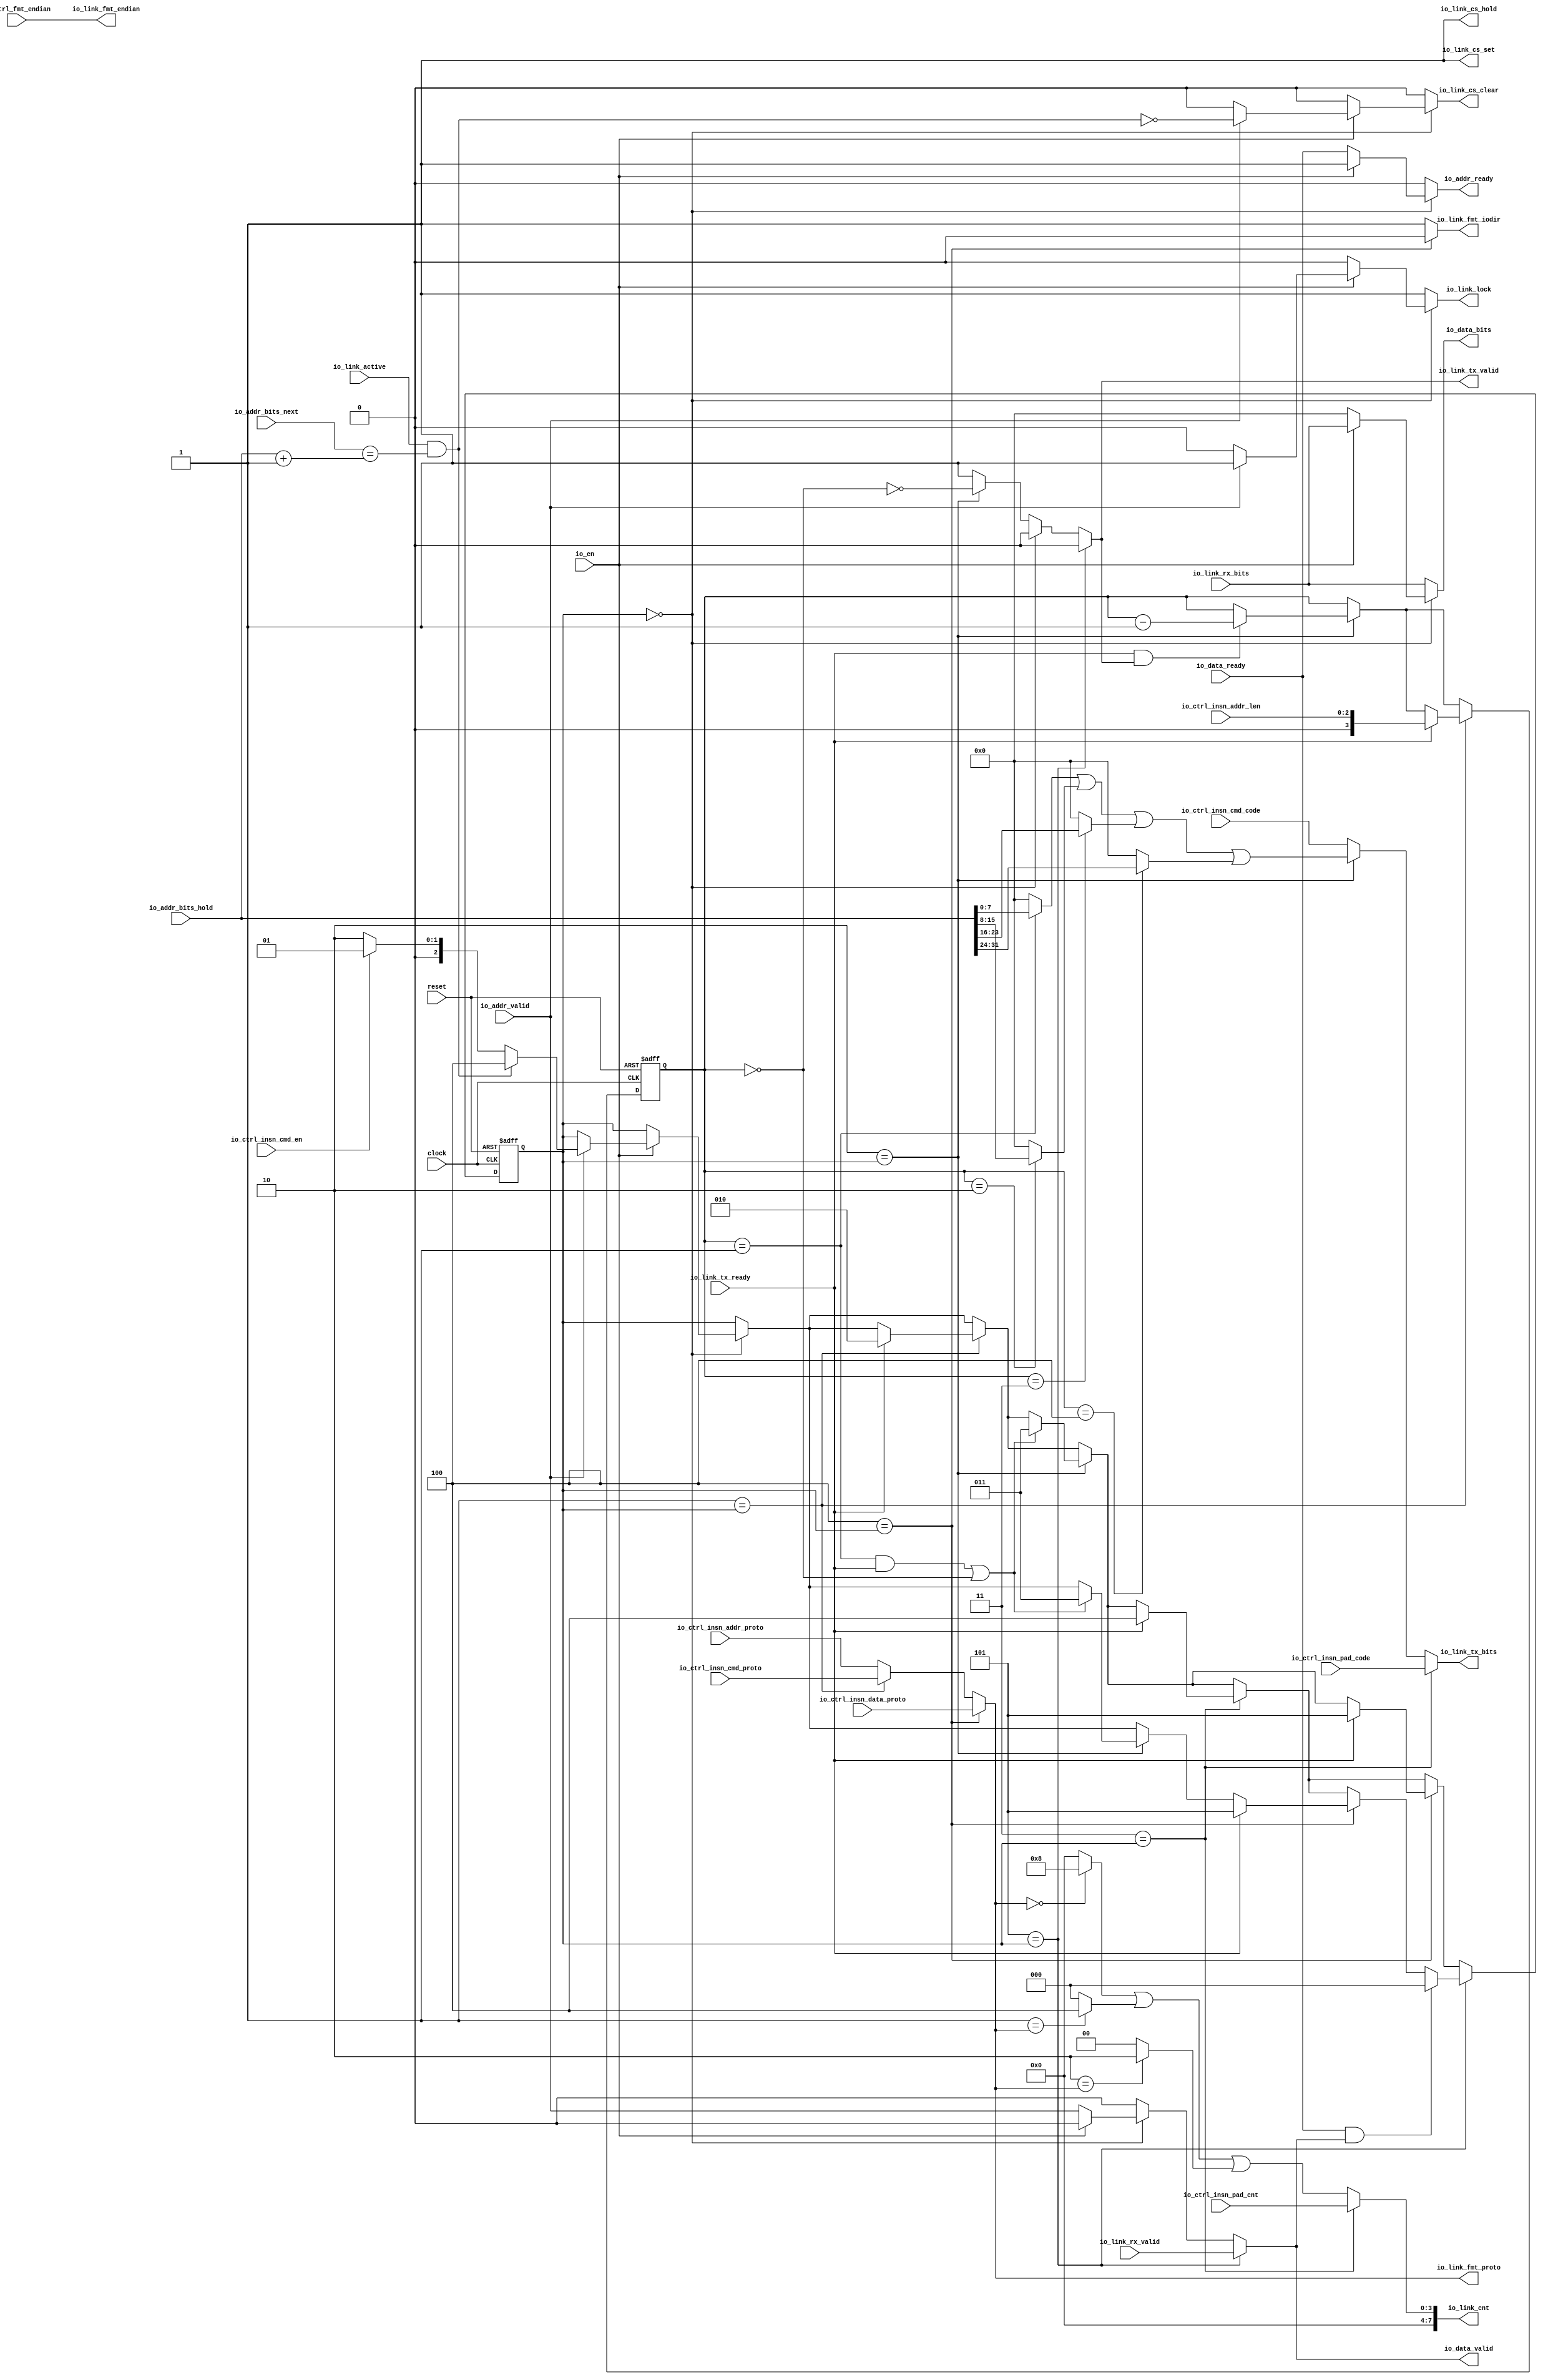
 /*                                                                      
 Copyright 2018 Nuclei System Technology, Inc.                
                                                                         
 Licensed under the Apache License, Version 2.0 (the "License");         
 you may not use this file except in compliance with the License.        
 You may obtain a copy of the License at                                 
                                                                         
     http://www.apache.org/licenses/LICENSE-2.0                          
                                                                         
  Unless required by applicable law or agreed to in writing, software    
 distributed under the License is distributed on an "AS IS" BASIS,       
 WITHOUT WARRANTIES OR CONDITIONS OF ANY KIND, either express or implied.
 See the License for the specific language governing permissions and     
 limitations under the License.                                          
 */                                                                      
                                                                         
                                                                         
                                                                         

module sirv_qspi_flashmap(
  input   clock,
  input   reset,
  input   io_en,
  input  [1:0] io_ctrl_insn_cmd_proto,
  input  [7:0] io_ctrl_insn_cmd_code,
  input   io_ctrl_insn_cmd_en,
  input  [1:0] io_ctrl_insn_addr_proto,
  input  [2:0] io_ctrl_insn_addr_len,
  input  [7:0] io_ctrl_insn_pad_code,
  input  [3:0] io_ctrl_insn_pad_cnt,
  input  [1:0] io_ctrl_insn_data_proto,
  input   io_ctrl_fmt_endian,
  output  io_addr_ready,
  input   io_addr_valid,
  input  [31:0] io_addr_bits_next,
  input  [31:0] io_addr_bits_hold,
  input   io_data_ready,
  output  io_data_valid,
  output [7:0] io_data_bits,
  input   io_link_tx_ready,
  output  io_link_tx_valid,
  output [7:0] io_link_tx_bits,
  input   io_link_rx_valid,
  input  [7:0] io_link_rx_bits,
  output [7:0] io_link_cnt,
  output [1:0] io_link_fmt_proto,
  output  io_link_fmt_endian,
  output  io_link_fmt_iodir,
  output  io_link_cs_set,
  output  io_link_cs_clear,
  output  io_link_cs_hold,
  input   io_link_active,
  output  io_link_lock
);
  wire [32:0] T_110;
  wire [31:0] addr;
  wire  T_111;
  wire  merge;
  wire  T_113;
  wire  T_114;
  wire  T_115;
  wire [3:0] T_120;
  wire [2:0] T_122;
  wire [1:0] T_124;
  wire [3:0] GEN_46;
  wire [3:0] T_126;
  wire [3:0] GEN_47;
  wire [3:0] T_127;
  wire [3:0] T_128;
  reg [3:0] cnt;
  reg [31:0] GEN_5;
  wire  cnt_en;
  wire  cnt_cmp_0;
  wire  cnt_cmp_1;
  wire  cnt_cmp_2;
  wire  cnt_cmp_3;
  wire  cnt_cmp_4;
  wire  cnt_last;
  wire  cnt_done;
  wire  T_143;
  wire  T_144;
  wire [4:0] T_146;
  wire [3:0] T_147;
  wire [3:0] GEN_0;
  wire  GEN_1;
  wire [3:0] GEN_2;
  reg [2:0] state;
  reg [31:0] GEN_9;
  wire  T_149;
  wire [2:0] GEN_3;
  wire  T_153;
  wire [2:0] T_154;
  wire [2:0] GEN_4;
  wire [2:0] GEN_6;
  wire  GEN_7;
  wire  T_157;
  wire  GEN_8;
  wire [2:0] GEN_10;
  wire  GEN_11;
  wire  GEN_12;
  wire  T_160;
  wire  GEN_13;
  wire  GEN_14;
  wire [7:0] GEN_15;
  wire  GEN_16;
  wire  GEN_17;
  wire  GEN_18;
  wire [2:0] GEN_19;
  wire  GEN_20;
  wire  GEN_21;
  wire  GEN_22;
  wire [7:0] GEN_23;
  wire  T_163;
  wire [2:0] GEN_24;
  wire [3:0] GEN_25;
  wire [1:0] GEN_26;
  wire [2:0] GEN_28;
  wire [3:0] GEN_29;
  wire  T_164;
  wire [7:0] T_165;
  wire [7:0] T_166;
  wire [7:0] T_167;
  wire [7:0] T_168;
  wire [7:0] T_170;
  wire [7:0] T_172;
  wire [7:0] T_174;
  wire [7:0] T_176;
  wire [7:0] T_178;
  wire [7:0] T_179;
  wire [7:0] T_180;
  wire [7:0] T_181;
  wire [2:0] GEN_30;
  wire [7:0] GEN_31;
  wire [2:0] GEN_33;
  wire  T_183;
  wire [2:0] GEN_34;
  wire [3:0] GEN_35;
  wire [7:0] GEN_36;
  wire [2:0] GEN_37;
  wire  T_184;
  wire [2:0] GEN_38;
  wire [1:0] GEN_39;
  wire  GEN_40;
  wire [2:0] GEN_41;
  wire  T_185;
  wire  T_187;
  wire [2:0] GEN_42;
  wire  GEN_43;
  wire  GEN_44;
  wire [2:0] GEN_45;
  assign io_addr_ready = GEN_18;
  assign io_data_valid = GEN_44;
  assign io_data_bits = GEN_23;
  assign io_link_tx_valid = GEN_43;
  assign io_link_tx_bits = GEN_36;
  assign io_link_cnt = {{4'd0}, GEN_35};
  assign io_link_fmt_proto = GEN_39;
  assign io_link_fmt_endian = io_ctrl_fmt_endian;
  assign io_link_fmt_iodir = GEN_40;
  assign io_link_cs_set = 1'h1;
  assign io_link_cs_clear = GEN_20;
  assign io_link_cs_hold = 1'h1;
  assign io_link_lock = GEN_21;
  assign T_110 = io_addr_bits_hold + 32'h1;
  assign addr = T_110[31:0];
  assign T_111 = io_addr_bits_next == addr;
  assign merge = io_link_active & T_111;
  assign T_113 = 2'h0 == io_link_fmt_proto;
  assign T_114 = 2'h1 == io_link_fmt_proto;
  assign T_115 = 2'h2 == io_link_fmt_proto;
  assign T_120 = T_113 ? 4'h8 : 4'h0;
  assign T_122 = T_114 ? 3'h4 : 3'h0;
  assign T_124 = T_115 ? 2'h2 : 2'h0;
  assign GEN_46 = {{1'd0}, T_122};
  assign T_126 = T_120 | GEN_46;
  assign GEN_47 = {{2'd0}, T_124};
  assign T_127 = T_126 | GEN_47;
  assign T_128 = T_127;
  assign cnt_en = T_164;
  assign cnt_cmp_0 = cnt == 4'h0;
  assign cnt_cmp_1 = cnt == 4'h1;
  assign cnt_cmp_2 = cnt == 4'h2;
  assign cnt_cmp_3 = cnt == 4'h3;
  assign cnt_cmp_4 = cnt == 4'h4;
  assign cnt_last = cnt_cmp_1 & io_link_tx_ready;
  assign cnt_done = cnt_last | cnt_cmp_0;
  assign T_143 = cnt_cmp_0 == 1'h0;
  assign T_144 = io_link_tx_ready & io_link_tx_valid;
  assign T_146 = cnt - 4'h1;
  assign T_147 = T_146[3:0];
  assign GEN_0 = T_144 ? T_147 : cnt;
  assign GEN_1 = cnt_en ? T_143 : 1'h1;
  assign GEN_2 = cnt_en ? GEN_0 : cnt;
  assign T_149 = 3'h0 == state;
  assign GEN_3 = merge ? 3'h4 : state;
  assign T_153 = merge == 1'h0;
  assign T_154 = io_ctrl_insn_cmd_en ? 3'h1 : 3'h2;
  assign GEN_4 = T_153 ? T_154 : GEN_3;
  assign GEN_6 = io_addr_valid ? GEN_4 : state;
  assign GEN_7 = io_addr_valid ? T_153 : 1'h0;
  assign T_157 = io_addr_valid == 1'h0;
  assign GEN_8 = T_157 ? 1'h0 : 1'h1;
  assign GEN_10 = io_en ? GEN_6 : state;
  assign GEN_11 = io_en ? GEN_7 : 1'h0;
  assign GEN_12 = io_en ? GEN_8 : 1'h1;
  assign T_160 = io_en == 1'h0;
  assign GEN_13 = T_160 ? io_addr_valid : 1'h0;
  assign GEN_14 = T_160 ? io_data_ready : io_en;
  assign GEN_15 = T_160 ? 8'h0 : io_link_rx_bits;
  assign GEN_16 = T_160 ? 1'h0 : GEN_12;
  assign GEN_17 = T_149 ? 1'h0 : GEN_1;
  assign GEN_18 = T_149 ? GEN_14 : 1'h0;
  assign GEN_19 = T_149 ? GEN_10 : state;
  assign GEN_20 = T_149 ? GEN_11 : 1'h0;
  assign GEN_21 = T_149 ? GEN_16 : 1'h1;
  assign GEN_22 = T_149 ? GEN_13 : 1'h0;
  assign GEN_23 = T_149 ? GEN_15 : io_link_rx_bits;
  assign T_163 = 3'h1 == state;
  assign GEN_24 = io_link_tx_ready ? 3'h2 : GEN_19;
  assign GEN_25 = io_link_tx_ready ? {{1'd0}, io_ctrl_insn_addr_len} : GEN_2;
  assign GEN_26 = T_163 ? io_ctrl_insn_cmd_proto : io_ctrl_insn_addr_proto;
  assign GEN_28 = T_163 ? GEN_24 : GEN_19;
  assign GEN_29 = T_163 ? GEN_25 : GEN_2;
  assign T_164 = 3'h2 == state;
  assign T_165 = io_addr_bits_hold[7:0];
  assign T_166 = io_addr_bits_hold[15:8];
  assign T_167 = io_addr_bits_hold[23:16];
  assign T_168 = io_addr_bits_hold[31:24];
  assign T_170 = cnt_cmp_1 ? T_165 : 8'h0;
  assign T_172 = cnt_cmp_2 ? T_166 : 8'h0;
  assign T_174 = cnt_cmp_3 ? T_167 : 8'h0;
  assign T_176 = cnt_cmp_4 ? T_168 : 8'h0;
  assign T_178 = T_170 | T_172;
  assign T_179 = T_178 | T_174;
  assign T_180 = T_179 | T_176;
  assign T_181 = T_180;
  assign GEN_30 = cnt_done ? 3'h3 : GEN_28;
  assign GEN_31 = T_164 ? T_181 : io_ctrl_insn_cmd_code;
  assign GEN_33 = T_164 ? GEN_30 : GEN_28;
  assign T_183 = 3'h3 == state;
  assign GEN_34 = io_link_tx_ready ? 3'h4 : GEN_33;
  assign GEN_35 = T_183 ? io_ctrl_insn_pad_cnt : T_128;
  assign GEN_36 = T_183 ? io_ctrl_insn_pad_code : GEN_31;
  assign GEN_37 = T_183 ? GEN_34 : GEN_33;
  assign T_184 = 3'h4 == state;
  assign GEN_38 = io_link_tx_ready ? 3'h5 : GEN_37;
  assign GEN_39 = T_184 ? io_ctrl_insn_data_proto : GEN_26;
  assign GEN_40 = T_184 ? 1'h0 : 1'h1;
  assign GEN_41 = T_184 ? GEN_38 : GEN_37;
  assign T_185 = 3'h5 == state;
  assign T_187 = io_data_ready & io_data_valid;
  assign GEN_42 = T_187 ? 3'h0 : GEN_41;
  assign GEN_43 = T_185 ? 1'h0 : GEN_17;
  assign GEN_44 = T_185 ? io_link_rx_valid : GEN_22;
  assign GEN_45 = T_185 ? GEN_42 : GEN_41;

  always @(posedge clock or posedge reset)
  if (reset) begin
     cnt <= 4'b0;
  end
  else begin
    if (T_163) begin
      if (io_link_tx_ready) begin
        cnt <= {{1'd0}, io_ctrl_insn_addr_len};
      end else begin
        if (cnt_en) begin
          if (T_144) begin
            cnt <= T_147;
          end
        end
      end
    end else begin
      if (cnt_en) begin
        if (T_144) begin
          cnt <= T_147;
        end
      end
    end
  end

  always @(posedge clock or posedge reset)
    if (reset) begin
      state <= 3'h0;
    end else begin
      if (T_185) begin
        if (T_187) begin
          state <= 3'h0;
        end else begin
          if (T_184) begin
            if (io_link_tx_ready) begin
              state <= 3'h5;
            end else begin
              if (T_183) begin
                if (io_link_tx_ready) begin
                  state <= 3'h4;
                end else begin
                  if (T_164) begin
                    if (cnt_done) begin
                      state <= 3'h3;
                    end else begin
                      if (T_163) begin
                        if (io_link_tx_ready) begin
                          state <= 3'h2;
                        end else begin
                          if (T_149) begin
                            if (io_en) begin
                              if (io_addr_valid) begin
                                if (T_153) begin
                                  if (io_ctrl_insn_cmd_en) begin
                                    state <= 3'h1;
                                  end else begin
                                    state <= 3'h2;
                                  end
                                end else begin
                                  if (merge) begin
                                    state <= 3'h4;
                                  end
                                end
                              end
                            end
                          end
                        end
                      end else begin
                        if (T_149) begin
                          if (io_en) begin
                            if (io_addr_valid) begin
                              if (T_153) begin
                                if (io_ctrl_insn_cmd_en) begin
                                  state <= 3'h1;
                                end else begin
                                  state <= 3'h2;
                                end
                              end else begin
                                if (merge) begin
                                  state <= 3'h4;
                                end
                              end
                            end
                          end
                        end
                      end
                    end
                  end else begin
                    if (T_163) begin
                      if (io_link_tx_ready) begin
                        state <= 3'h2;
                      end else begin
                        if (T_149) begin
                          if (io_en) begin
                            if (io_addr_valid) begin
                              if (T_153) begin
                                if (io_ctrl_insn_cmd_en) begin
                                  state <= 3'h1;
                                end else begin
                                  state <= 3'h2;
                                end
                              end else begin
                                if (merge) begin
                                  state <= 3'h4;
                                end
                              end
                            end
                          end
                        end
                      end
                    end else begin
                      if (T_149) begin
                        if (io_en) begin
                          if (io_addr_valid) begin
                            if (T_153) begin
                              if (io_ctrl_insn_cmd_en) begin
                                state <= 3'h1;
                              end else begin
                                state <= 3'h2;
                              end
                            end else begin
                              if (merge) begin
                                state <= 3'h4;
                              end
                            end
                          end
                        end
                      end
                    end
                  end
                end
              end else begin
                if (T_164) begin
                  if (cnt_done) begin
                    state <= 3'h3;
                  end else begin
                    if (T_163) begin
                      if (io_link_tx_ready) begin
                        state <= 3'h2;
                      end else begin
                        state <= GEN_19;
                      end
                    end else begin
                      state <= GEN_19;
                    end
                  end
                end else begin
                  if (T_163) begin
                    if (io_link_tx_ready) begin
                      state <= 3'h2;
                    end else begin
                      state <= GEN_19;
                    end
                  end else begin
                    state <= GEN_19;
                  end
                end
              end
            end
          end else begin
            if (T_183) begin
              if (io_link_tx_ready) begin
                state <= 3'h4;
              end else begin
                if (T_164) begin
                  if (cnt_done) begin
                    state <= 3'h3;
                  end else begin
                    state <= GEN_28;
                  end
                end else begin
                  state <= GEN_28;
                end
              end
            end else begin
              if (T_164) begin
                if (cnt_done) begin
                  state <= 3'h3;
                end else begin
                  state <= GEN_28;
                end
              end else begin
                state <= GEN_28;
              end
            end
          end
        end
      end else begin
        if (T_184) begin
          if (io_link_tx_ready) begin
            state <= 3'h5;
          end else begin
            if (T_183) begin
              if (io_link_tx_ready) begin
                state <= 3'h4;
              end else begin
                state <= GEN_33;
              end
            end else begin
              state <= GEN_33;
            end
          end
        end else begin
          if (T_183) begin
            if (io_link_tx_ready) begin
              state <= 3'h4;
            end else begin
              state <= GEN_33;
            end
          end else begin
            state <= GEN_33;
          end
        end
      end
    end

endmodule